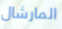
المارشال